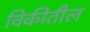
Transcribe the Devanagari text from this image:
विकीतील